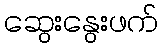
ဆွေးနွေးဖက်